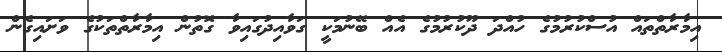
އިމާރާތްތައް އުސްކުރުމުގެ ހުއްދަ ދޫކުރުމުގެ އެއް ބޭނުމަކީ ގަވާއިދުގައިވާ ގޮތުން އިމާރާތްތަކުގެ ވަށައިގެން